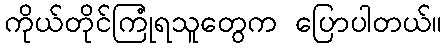
ကိုယ်တိုင်ကြုံရသူတွေက ပြောပါတယ်။